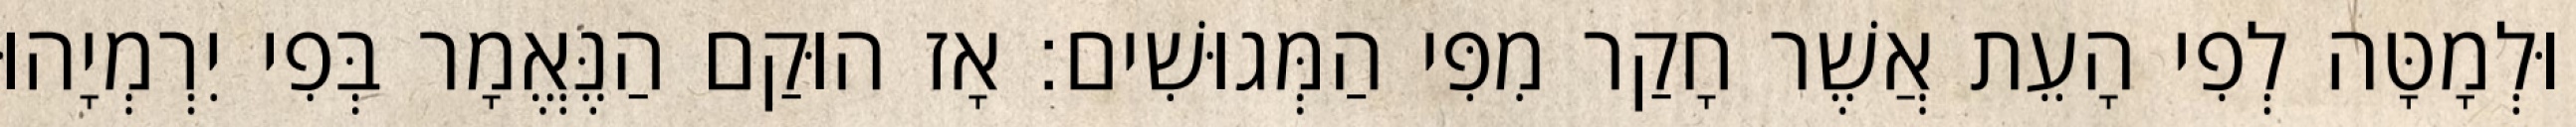
וּלְמָטָּה לְפִי הָעֵת אֲשֶׁר חָקַר מִפִּי הַמְּגוּשִׁים׃ אָז הוּקַם הַנֶּאֱמָר בְּפִי יִרְמְיָהוּ